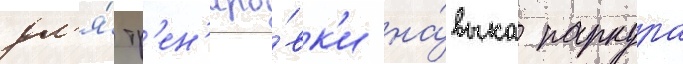
дл'я́ тр'ен'иро́вк'и на́выка паркура